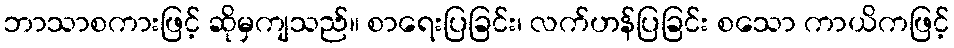
ဘာသာစကားဖြင့် ဆိုမှကျသည်။ စာရေးပြခြင်း၊ လက်ဟန်ပြခြင်း စသော ကာယိကဖြင့်